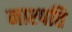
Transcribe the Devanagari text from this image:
नाश्पति